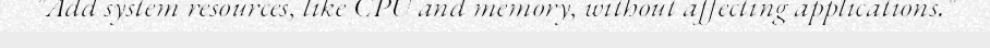
"Add system resources, like CPU and memory, without affecting applications."